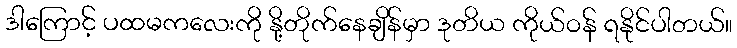
ဒါကြောင့် ပထမကလေးကို နို့တိုက်နေချိန်မှာ ဒုတိယ ကိုယ်ဝန် ရနိုင်ပါတယ်။